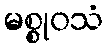
မစ္စုဝသံ